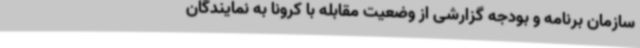
سازمان برنامه و بودجه گزارشی از وضعیت مقابله با کرونا به نمایندگان